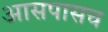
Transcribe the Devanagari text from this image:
आसपासच